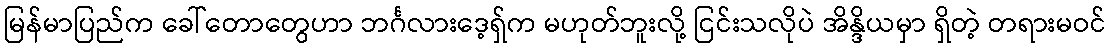
မြန်မာပြည်က ခေါ်တောတွေဟာ ဘင်္ဂလားဒေ့ရှ်က မဟုတ်ဘူးလို့ ငြင်းသလိုပဲ အိန္ဒိယမှာ ရှိတဲ့ တရားမဝင်